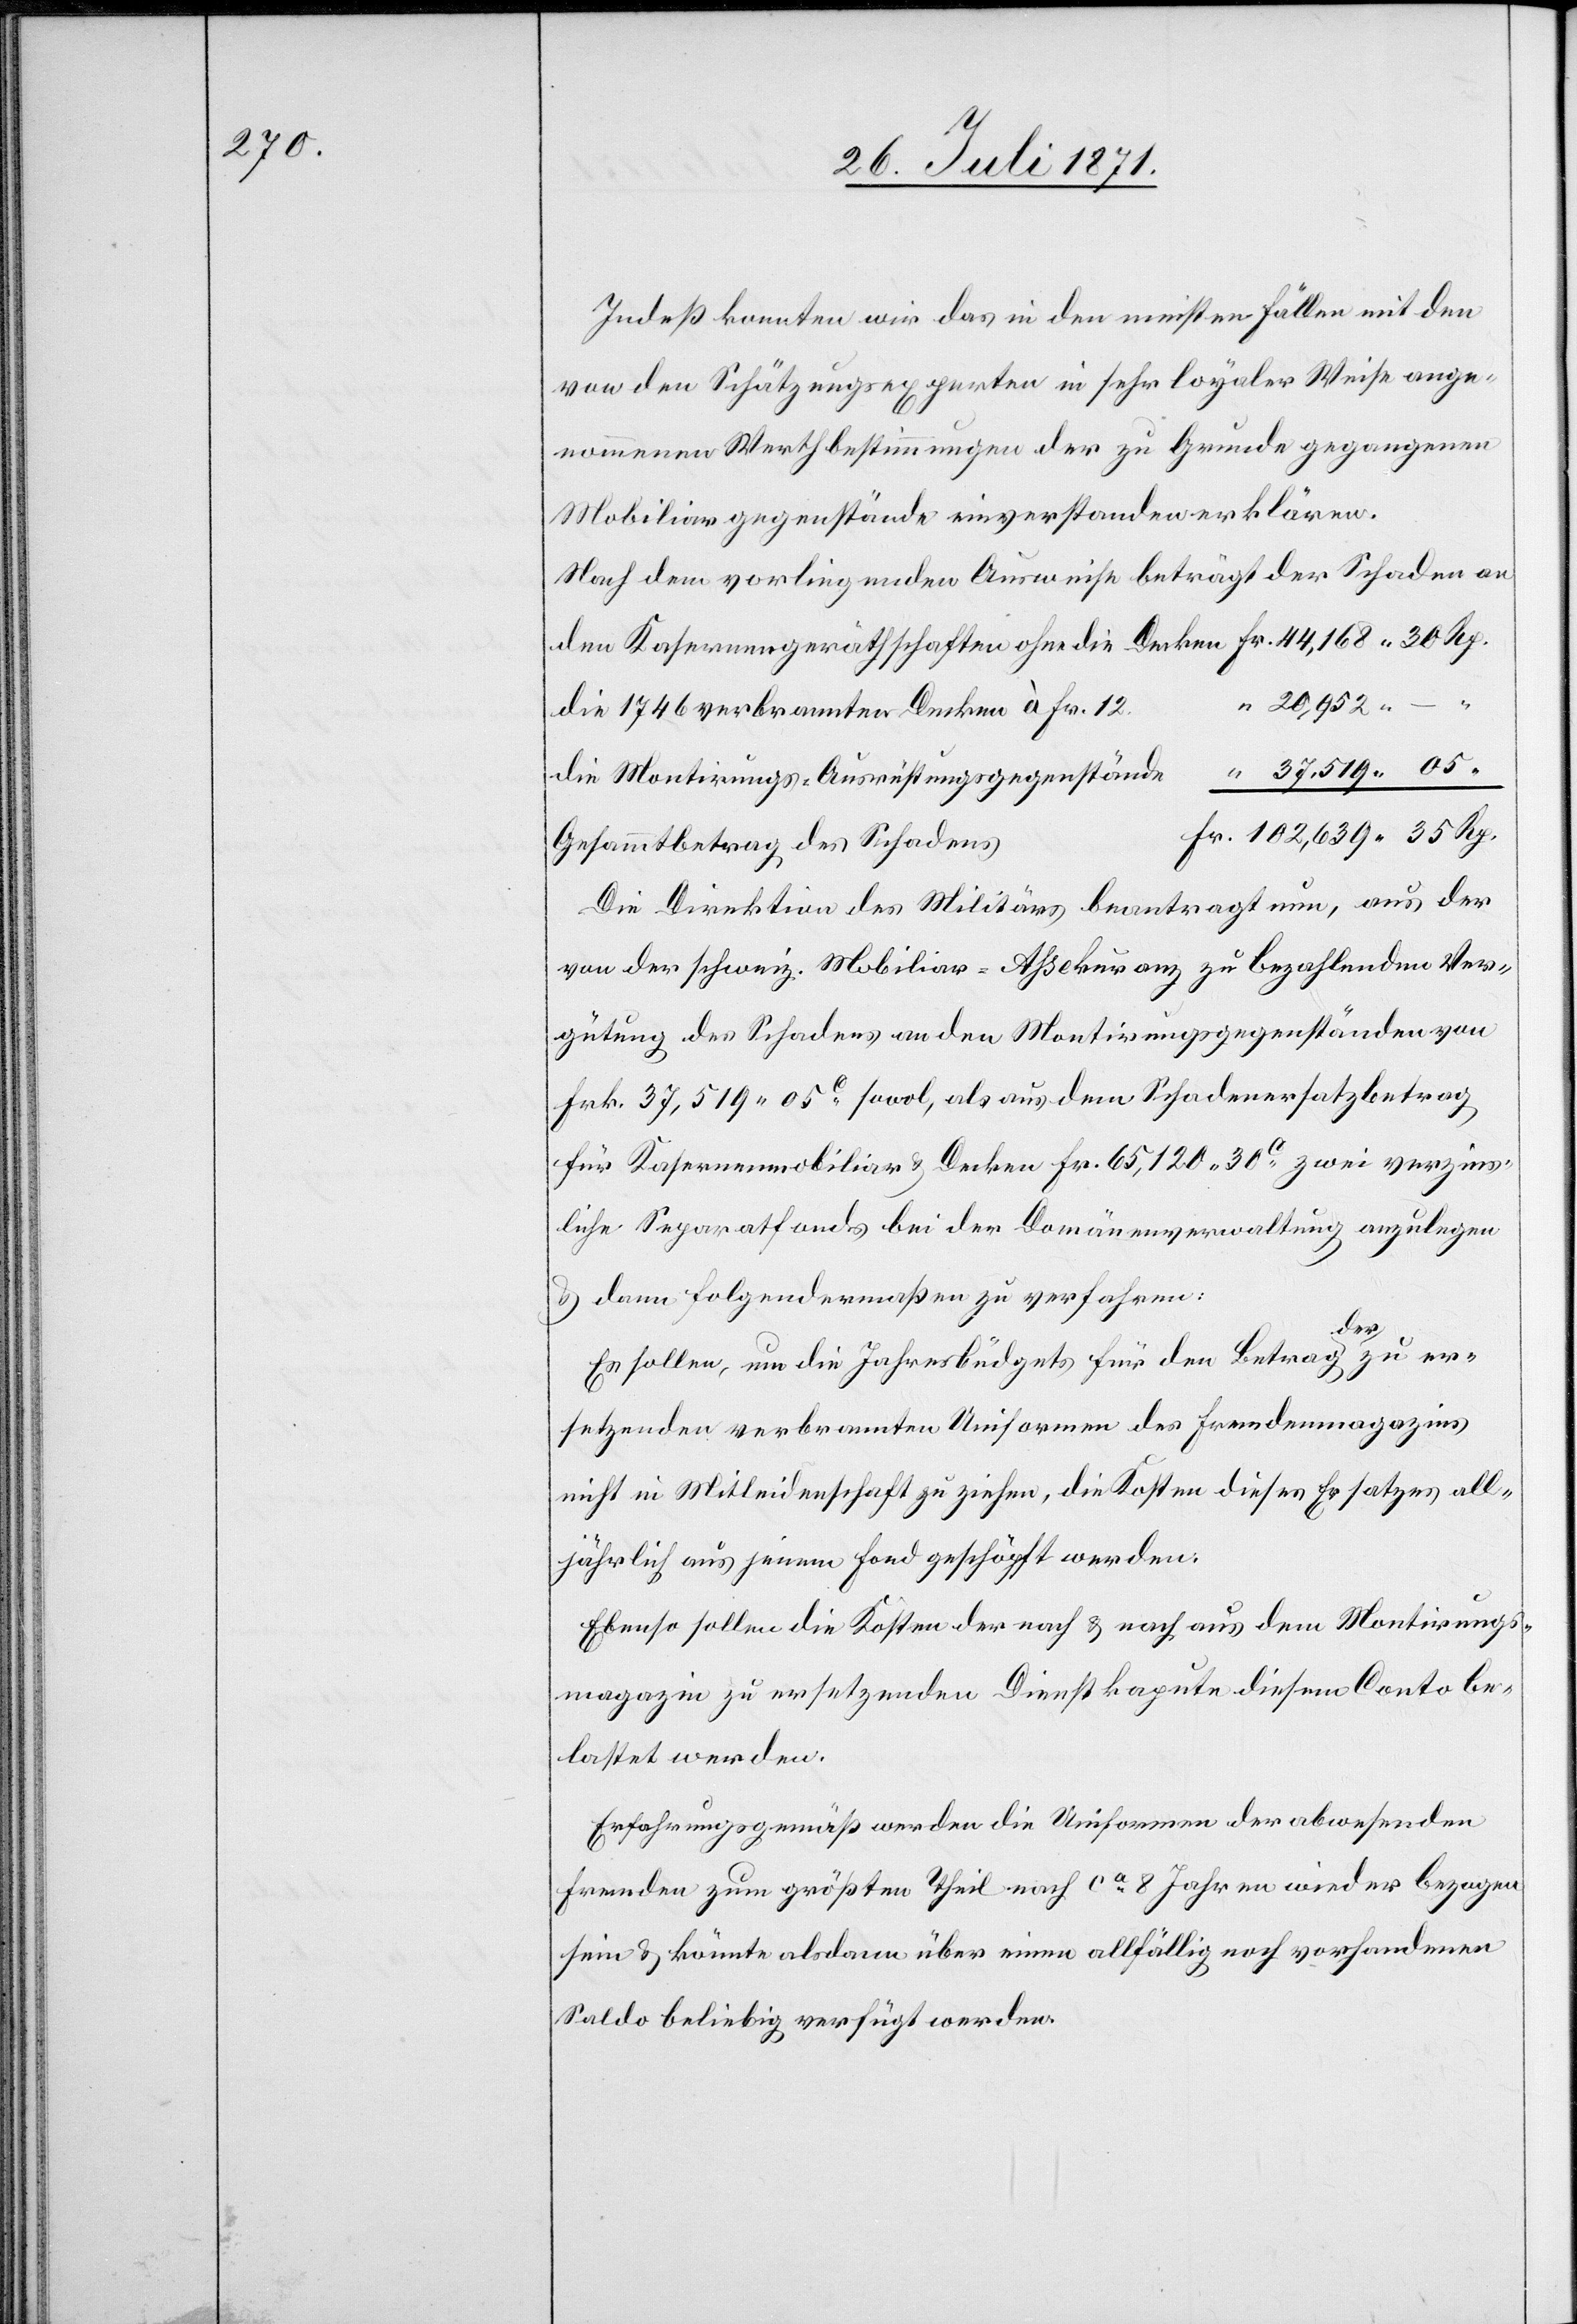
Indeß konnten wir das in den meisten Fällen mit den
von den Schätzungsexperten in sehr loyaler Weise ange¬
nommenen Werthbestimmungen der zu Grunde gegangenen
Mobiliargegenstände einverstanden erklären
Nach dem vorliegenden Ausweise beträgt der Schaden an
die 1746 verbrannten Decken à Fr. 12
Gesammtbetrag des Schadens
Die Direktion des Militärs beantragt nun, aus der
von der schweiz. Mobiliar-Aßekuranz zu bezahlenden Ver¬
gütung des Schadens an den Montirungsgegenständen von
Frk. 37,519.05c. sowol, als aus dem Schadenersatzbetrag
für Kasernenmobiliar u. Decken Fr. 65,120.30c. zwei verzins¬
liche Separatfonds bei der Domänenverwaltung anzulegen
u. dann folgendermaßen zu verfahren:
die
Es sollen, um die Jahresbüdgets für den Betrag der zu er¬
setzenden verbrannten Uniformen des Fremdenmagazins
nicht in Mitleidenschaft zu ziehen, die Kosten dieses Ersatzes all¬
jährlich aus jenem Fond geschöpft werden.
Ebenso sollen die Kosten der nach u. nach aus dem Montirungs¬
magazin zu ersetzenden Dienstkapute diesem Conto be¬
lastet werden.
Erfahrungsgemäß werden die Uniformen der abwesenden
Fremden zum größten Theil nach ca. 8 Jahren wieder bezogen
sein u. könnte alsdann über einen allfällig noch vorhandenen
Saldo beliebig verfügt werden.